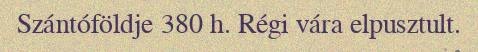
Szántóföldje 380 h. Régi vára elpusztult.